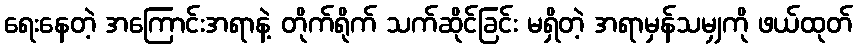
ရေးနေတဲ့ အကြောင်းအရာနဲ့ တိုက်ရိုက် သက်ဆိုင်ခြင်း မရှိတဲ့ အရာမှန်သမျှကို ဖယ်ထုတ်